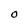
Character: 0